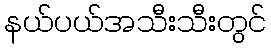
နယ်ပယ်အသီးသီးတွင်